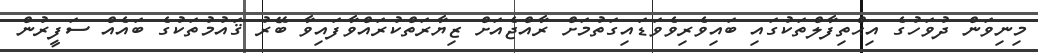
މިނިވަން ދުވަހުގެ އިޙްތިފާލްތަކުގައި ބައިވެރިވެވަޑައިގަތުމަށް ރާއްޖެއަށް ޒިޔާރަތްކުރައްވާފައިވާ ބޭރު ޤައުމުތަކުގެ ބައެއް ސަފީރުން